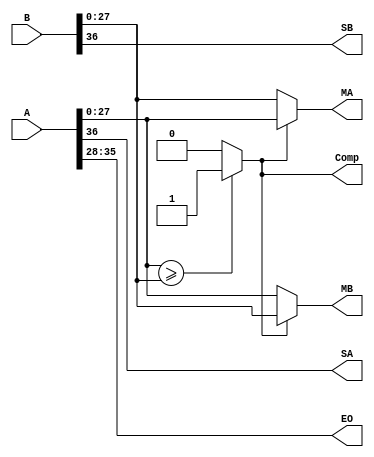
module n_subn (
    input [36:0] A,
    input [36:0] B,

    output Comp,
    output SA,
    output SB,
    output [7:0] EO,
    output [27:0] MA,
    output [27:0] MB
);
  wire [27:0] MAa, MBb;

  assign MAa  = A[27:0];
  assign MBb  = B[27:0];


  assign SA   = A[36];
  assign SB   = B[36];

  assign Comp = (MAa >= MBb) ? 1'b1 : 1'b0;

  assign EO   = A[35:28];

  assign MA   = (Comp == 1'b1) ? MAa : MBb;
  assign MB   = (Comp == 1'b1) ? MBb : MAa;
endmodule